Suggestions for procedure with regard to school attendance under the Education (Scotland) Act, 1936, sections 1 to 3 and 5, 1936
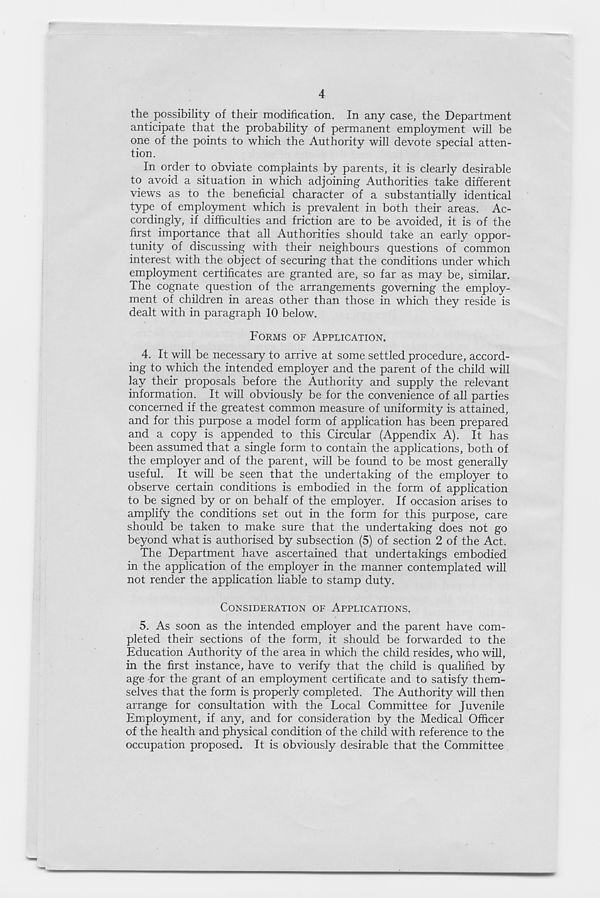
4
the possibility of their modification. In any case, the Department
anticipate that the probability of permanent employment will be
one of the points to which the Authority will devote special atten-
tion.
In order to obviate complaints by parents, it is clearly desirable
to avoid a situation in which adjoining Authorities take different
views as to the beneficial character of a substantially identical
type of employment which is prevalent in both their areas. Ac-
cordingly, if difficulties and friction are to be avoided, it is of the
first importance that all Authorities should take an early oppor-
tunity of discussing with their neighbours questions of common
interest with the object of securing that the conditions under which
employment certificates are granted are, so far as may be, similar.
The cognate question of the arrangements governing the employ-
ment of children in areas other than those in which they reside is
dealt with in paragraph 10 below.
FORMS OF APPLICATION.
4. It will be necessary to arrive at some settled procedure, accord-
ing to which the intended employer and the parent of the child will
lay their proposals before the Authority and supply the relevant
information. It will obviously be for the convenience of all parties
concerned if the greatest common measure of uniformity is attained,
and for this purpose a model form of application has been prepared
and a copy is appended to this Circular (Appendix A). It has
been assumed that a single form to contain the applications, both of
the employer and of the parent, will be found to be most generally
useful. It will be seen that the undertaking of the employer to
observe certain conditions is embodied in the form of application
to be signed by or on behalf of the employer. If occasion arises to
amplify the conditions set out in the form for this purpose, care
should be taken to make sure that the undertaking does not go
beyond what is authorised by subsection (5) of section 2 of the Act.
The Department have ascertained that undertakings embodied
in the application of the employer in the manner contemplated will
not render the application liable to stamp duty.
CONSIDERATION OF APPLICATIONS.
5. As soon as the intended employer and the parent have com-
pleted their sections of the form, it should be forwarded to the
Education Authority of the area in which the child resides, who will,
in the first instance, have to verify that the child is qualified by
age for the grant of an employment certificate and to satisfy them-
selves that the form is properly completed. The Authority will then
arrange for consultation with the Local Committee for Juvenile
Employment, if any, and for consideration by the Medical Officer
of the health and physical condition of the child with reference to the
occupation proposed. It is obviously desirable that the Committee